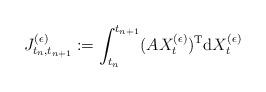
LaTeX: \begin{align*} J^{(\epsilon)}_{t_n,t_{n+1}} := \int_{t_n}^{t_{n+1}} (AX_t^{(\epsilon)})^{\rm T} {\rm d}X_t^{(\epsilon)} \end{align*}